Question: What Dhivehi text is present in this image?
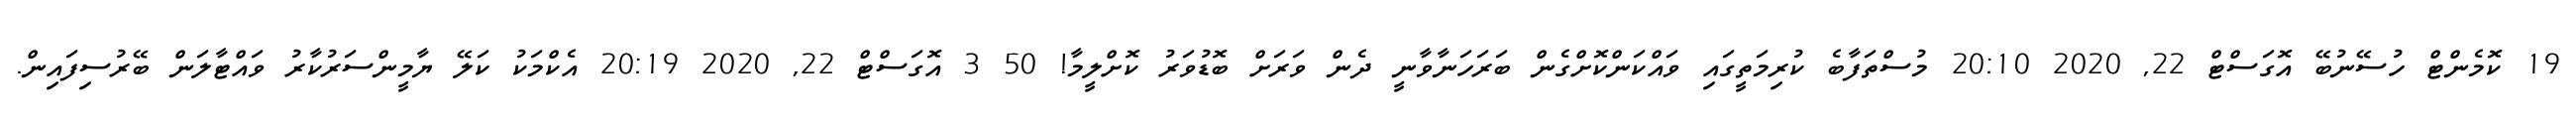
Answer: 19 ކޮމެންޓް ހުސޭނުބޭ އޮގަސްޓް 22, 2020 20:10 މުސްތަފާބެ ކުރިމަތީގައި ވައްކަންކޮށްގެން ބަރަހަނާވާނީ ދެން ވަރަށް ބޮޑުވަރު ކޮށްލީމާ! 50 3 އޮގަސްޓް 22, 2020 20:19 އެކްމަކު ކަލޭ ޔާމީންސަރުކާރު ވައްޓާލަން ބޭރުސިފައިން.